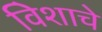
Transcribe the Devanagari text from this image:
विेशाचे